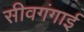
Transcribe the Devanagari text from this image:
सीवगंगाई